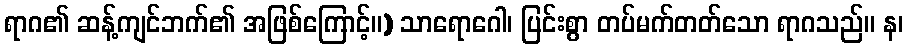
ရာဂ၏ ဆန့်ကျင်ဘက်၏ အဖြစ်ကြောင့်။) သာရောဂေါ၊ ပြင်းစွာ တပ်မက်တတ်သော ရာဂသည်။ န၊